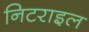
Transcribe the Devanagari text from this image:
निटराइल